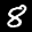
Label: 8